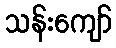
သန်းကျော်